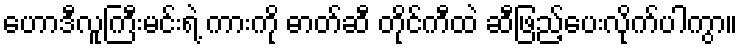
ဟောဒီလူကြီးမင်းရဲ့ ကားကို ဓာတ်ဆီ တိုင်ကီထဲ ဆီဖြည့်ပေးလိုက်ပါကွာ။